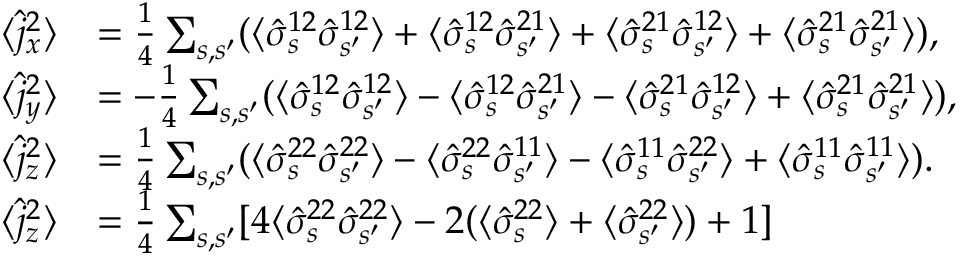
\begin{array} { r l } { \langle \hat { j } _ { x } ^ { 2 } \rangle } & { = \frac { 1 } { 4 } \sum _ { s , s ^ { \prime } } ( \langle \hat { \sigma } _ { s } ^ { 1 2 } \hat { \sigma } _ { s ^ { \prime } } ^ { 1 2 } \rangle + \langle \hat { \sigma } _ { s } ^ { 1 2 } \hat { \sigma } _ { s ^ { \prime } } ^ { 2 1 } \rangle + \langle \hat { \sigma } _ { s } ^ { 2 1 } \hat { \sigma } _ { s ^ { \prime } } ^ { 1 2 } \rangle + \langle \hat { \sigma } _ { s } ^ { 2 1 } \hat { \sigma } _ { s ^ { \prime } } ^ { 2 1 } \rangle ) , } \\ { \langle \hat { j } _ { y } ^ { 2 } \rangle } & { = - \frac { 1 } { 4 } \sum _ { s , s ^ { \prime } } ( \langle \hat { \sigma } _ { s } ^ { 1 2 } \hat { \sigma } _ { s ^ { \prime } } ^ { 1 2 } \rangle - \langle \hat { \sigma } _ { s } ^ { 1 2 } \hat { \sigma } _ { s ^ { \prime } } ^ { 2 1 } \rangle - \langle \hat { \sigma } _ { s } ^ { 2 1 } \hat { \sigma } _ { s ^ { \prime } } ^ { 1 2 } \rangle + \langle \hat { \sigma } _ { s } ^ { 2 1 } \hat { \sigma } _ { s ^ { \prime } } ^ { 2 1 } \rangle ) , } \\ { \langle \hat { j } _ { z } ^ { 2 } \rangle } & { = \frac { 1 } { 4 } \sum _ { s , s ^ { \prime } } ( \langle \hat { \sigma } _ { s } ^ { 2 2 } \hat { \sigma } _ { s ^ { \prime } } ^ { 2 2 } \rangle - \langle \hat { \sigma } _ { s } ^ { 2 2 } \hat { \sigma } _ { s ^ { \prime } } ^ { 1 1 } \rangle - \langle \hat { \sigma } _ { s } ^ { 1 1 } \hat { \sigma } _ { s ^ { \prime } } ^ { 2 2 } \rangle + \langle \hat { \sigma } _ { s } ^ { 1 1 } \hat { \sigma } _ { s ^ { \prime } } ^ { 1 1 } \rangle ) . } \\ { \langle \hat { j } _ { z } ^ { 2 } \rangle } & { = \frac { 1 } { 4 } \sum _ { s , s ^ { \prime } } [ 4 \langle \hat { \sigma } _ { s } ^ { 2 2 } \hat { \sigma } _ { s ^ { \prime } } ^ { 2 2 } \rangle - 2 ( \langle \hat { \sigma } _ { s } ^ { 2 2 } \rangle + \langle \hat { \sigma } _ { s ^ { \prime } } ^ { 2 2 } \rangle ) + 1 ] } \end{array}